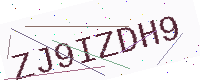
Text: ZJ9IZDH9